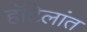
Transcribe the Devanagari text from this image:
हॉटेलांत